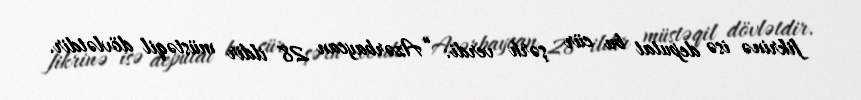
fikrinə isə deputat bu cür şərh verdi: “Azərbaycan 28 ildir müstəqil dövlətdir.